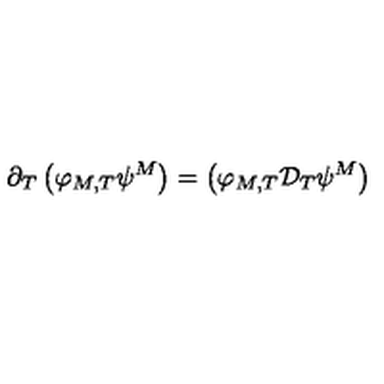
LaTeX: \partial _ { T } \left( \varphi _ { M , T } \psi ^ { M } \right) = \left( \varphi _ { M , T } { \cal D } _ { T } \psi ^ { M } \right)